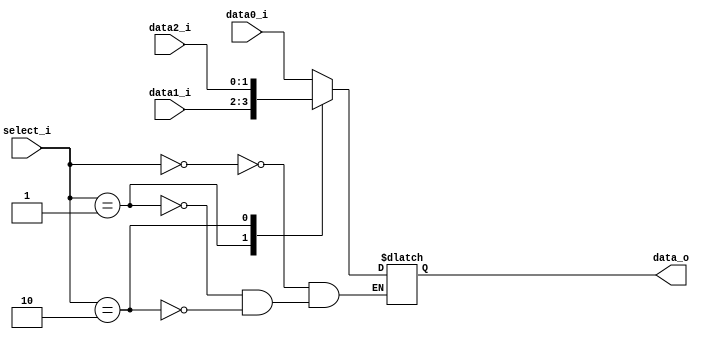
// 0716089
//Subject:     CO project 2 - MUX 221
//--------------------------------------------------------------------------------
//Version:     1
//--------------------------------------------------------------------------------
//Writer:      Luke
//----------------------------------------------
//Date:        
//----------------------------------------------
//Description: 
//--------------------------------------------------------------------------------
`timescale 1ns/1ps
module MUX_3to1(
               data0_i,
               data1_i,
               data2_i,
               select_i,
               data_o
               );

parameter size = 0;			   
			
//I/O ports               
input   [size-1:0] data0_i;          
input   [size-1:0] data1_i;
input   [size-1:0] data2_i;
input   [2-1:0]    select_i;
output  [size-1:0] data_o; 

//Internal Signals
reg     [size-1:0] data_o;

//Main function
always @(*) begin
    case (select_i)
        2'b00: data_o = data0_i;
        2'b01: data_o = data1_i;
        2'b10: data_o = data2_i;
    endcase
end

endmodule